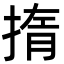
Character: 㨊